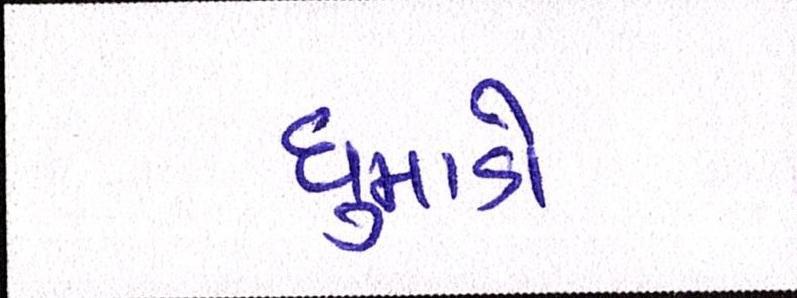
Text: ધુમાડો